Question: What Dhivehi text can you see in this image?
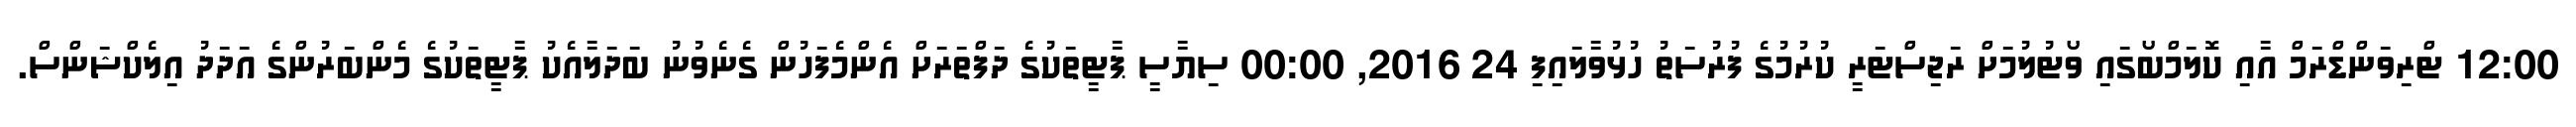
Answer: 12:00 ޓްރިވަންޑްރަމް އާއި ކޮލަމްބޯގައި ވޯޓުލުމަށް ރަޖިސްޓަރީ ކުރުމުގެ ފުރުސަތު ހުޅުވާލައިފި 24 2016, 00:00 ސިޔާސީ ޕާޓީތަކުގެ ދަފްތަރަށް އެންމެފަހުން ގެނެވުނު ބަދަލާއެކު ޕާޓީތަކުގެ މެންބަރުންގެ އަދަދު އިލެކްޝަންސް.